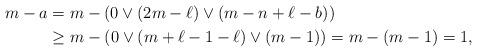
LaTeX: \begin{align*}m-a&=m-(0\vee (2m-\ell)\vee (m-n+\ell-b))\\&\geq m-(0\vee (m+\ell-1-\ell)\vee (m-1))=m-(m-1)=1, \end{align*}